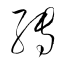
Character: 轉